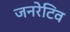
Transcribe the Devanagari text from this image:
जनरेटिव